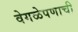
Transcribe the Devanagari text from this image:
वेगळेपणाची